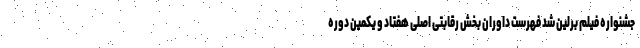
جشنواره فیلم برلین شد فهرست داوران بخش رقابتی اصلی هفتاد و یکمین دوره